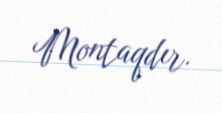
Montaqdır.